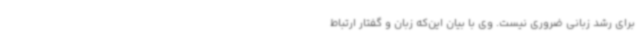
برای رشد زبانی ضروری نیست. وی با بیان این‌که زبان و گفتار ارتباط